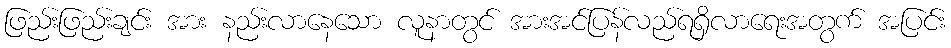
ဖြည်းဖြည်းချင်း အား နည်းလာနေသော လူနာတွင် အားအင်ပြန်လည်ရရှိလာရေးအတွက် အပြင်း